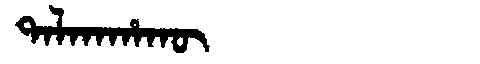
Manchu: ᡨᠠᠯᡴᠠᡥᠠᡴᡡ
Romanization: TALKAHAKŪ